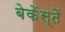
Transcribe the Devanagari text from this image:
बेकेंस्तें